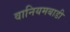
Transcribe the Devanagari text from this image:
वानियमबाडी